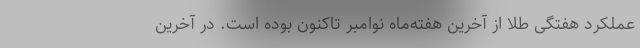
عملکرد هفتگی طلا از آخرین هفته‌ماه‌ نوامبر تاکنون بوده است. در آخرین